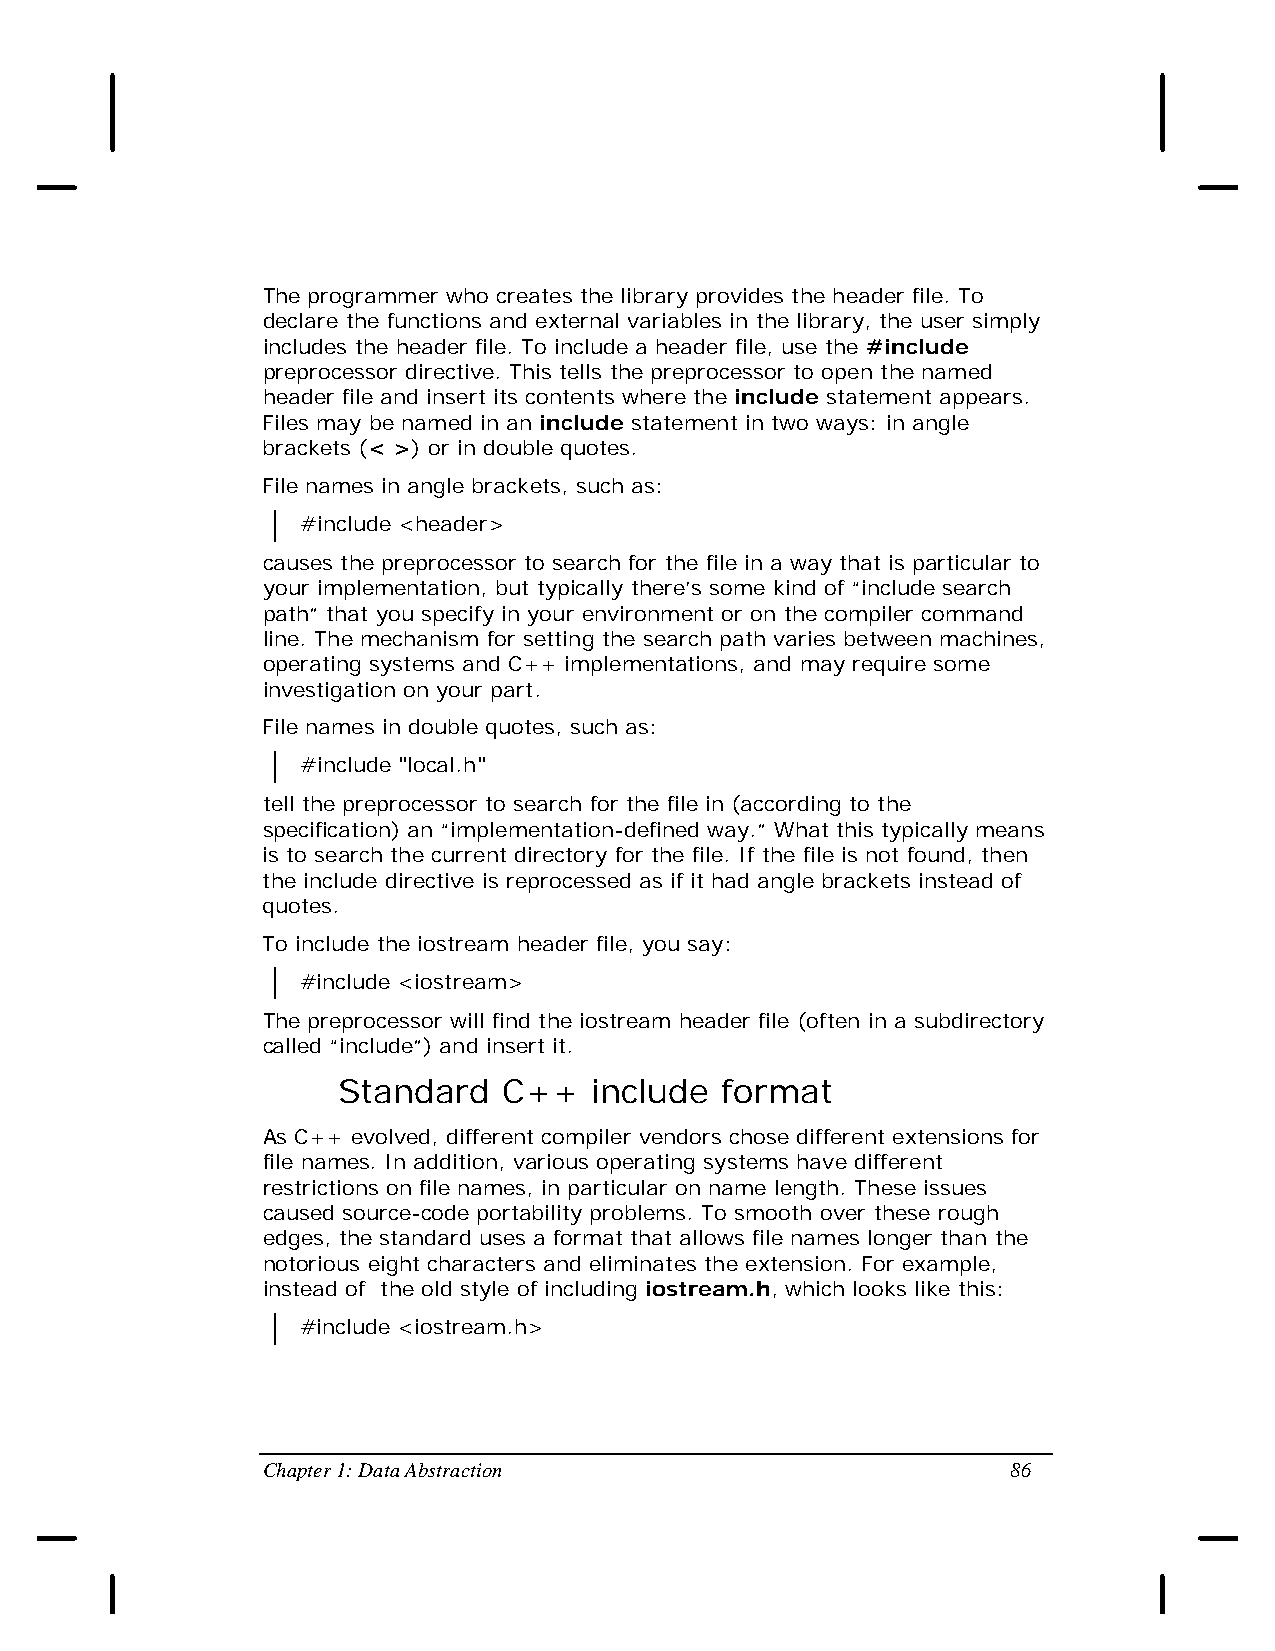
The programmer who creates the library provides the header file. To
 declare the functions and external variables in the library, the user simply
 includes the header file. To include a header file, use the #include
 preprocessor directive. This tells the preprocessor to open the named
 header file and insert its contents where the include statement appears.
 Files may be named in an include statement in two ways: in angle
 brackets (< >) or in double quotes.
 File names in angle brackets, such as:
 #include <header>
 causes the preprocessor to search for the file in a way that is particular to
 your implementation, but typically there’s some kind of “include search
 path” that you specify in your environment or on the compiler command
 line. The mechanism for setting the search path varies between machines,
 operating systems and C++ implementations, and may require some
 investigation on your part.
 File names in double quotes, such as:
 #include "local.h"
 tell the preprocessor to search for the file in (according to the
 specification) an “implementation-defined way.” What this typically means
 is to search the current directory for the file. If the file is not found, then
 the include directive is reprocessed as if it had angle brackets instead of
 quotes.
 To include the iostream header file, you say:
 #include <iostream>
 The preprocessor will find the iostream header file (often in a subdirectory
 called “include”) and insert it.
 Standard   C++   include  format
 As C++ evolved, different compiler vendors chose different extensions for
 file names. In addition, various operating systems have different
 restrictions on file names, in particular on name length. These issues
 caused source-code portability problems. To smooth over these rough
 edges, the standard uses a format that allows file names longer than the
 notorious eight characters and eliminates the extension. For example,
 instead of the old style of including iostream.h, which looks like this:
 #include <iostream.h>
 Chapter 1: Data Abstraction                       86